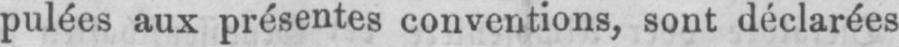
pulées aux présentes conventions, sont déclarées